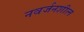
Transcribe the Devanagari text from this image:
नवर्जनशील